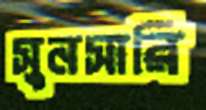
সুনসারি